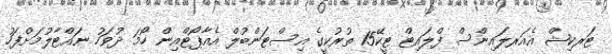
ޓަރކިޝް އެއަރލައިންސް ފްލައިޓް ޓީކޭ15 ތުރުކީގެ އިސްޓަންބުލް އެއާޕޯޓްއިން ހޯމަ ދުވަހު ނައްޓާލުމަށްފަހު